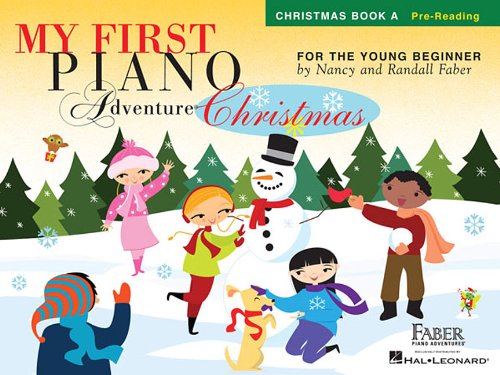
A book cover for My First Piano Adventure  Christmas - Book A: Pre-Reading; Arts & Photography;